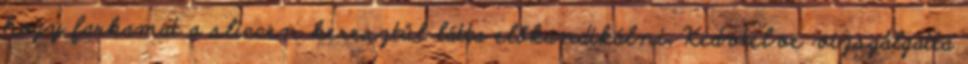
hogy farkamat a sliccen keresztül látta előkandikálni. Kedvtelve vizsgálgatta